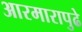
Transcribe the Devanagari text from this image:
आरमारापुढे